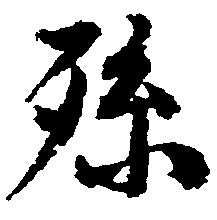
孫